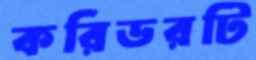
করিডরটি